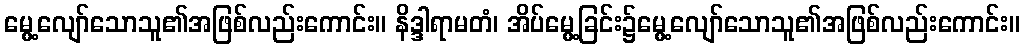
မွေ့လျော်သောသူ၏အဖြစ်လည်းကောင်း။ နိဒ္ဒါရာမတံ၊ အိပ်မွေ့ခြင်း၌မွေ့လျော်သောသူ၏အဖြစ်လည်းကောင်း။